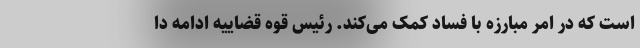
است که در امر مبارزه با فساد کمک می‌کند. رئیس قوه قضاییه ادامه دا